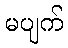
မပျက်